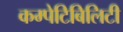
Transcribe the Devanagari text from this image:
कम्पेटिबिलिटी